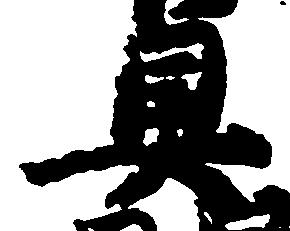
具